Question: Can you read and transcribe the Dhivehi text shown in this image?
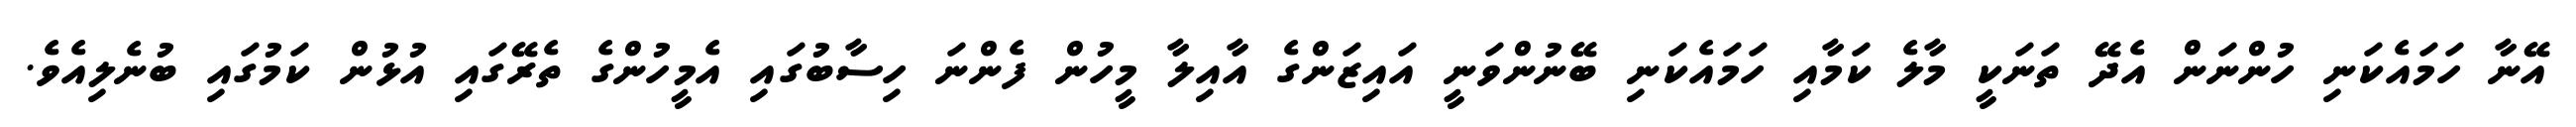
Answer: އޭނާ ހަމައެކަނި ހުންނަން އެދޭ ތަނަކީ މާލެ ކަމާއި ހަމައެކަނި ބޭނުންވަނީ އައިޒަންގެ އާއިލާ މީހުން ފެންނަ ހިސާބުގައި އެމީހުންގެ ތެރޭގައި އުޅުން ކަމުގައި ބުނެލިއެވެ.